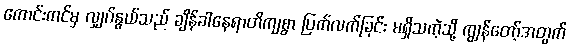
ကောင်းကင်မှ လျှပ်နွယ်သည် ချိန်ခါနေရာတိကျစွာ ပြက်လက်ခြင်း မရှိသကဲ့သို့ ကျွန်တော့်အတွက်